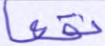
نقعا